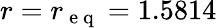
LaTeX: r=r_{\mathrm{~e~q~}}=1.5814